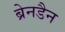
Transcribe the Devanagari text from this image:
ब्रेनडैन